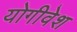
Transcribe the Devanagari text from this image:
योगीवेश